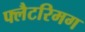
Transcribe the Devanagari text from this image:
फ्लैटरिमग